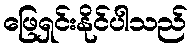
ဖြေရှင်းနိုင်ပါသည်